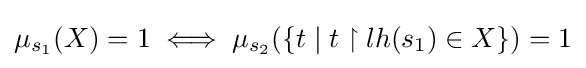
\mu _{s_{1}}(X)=1\iff \mu _{s_{2}}(\{t\mid t\upharpoonright lh(s_{1})\in X\})=1